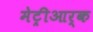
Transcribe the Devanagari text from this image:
मेट्रीआर्क